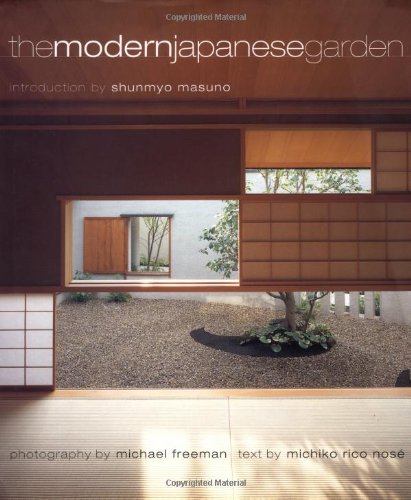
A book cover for The Modern Japanese Garden; Michiko Rico Nose; Crafts, Hobbies & Home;